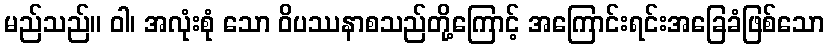
မည်သည်။ ဝါ၊ အလုံးစုံ သော ဝိပဿနာစသည်တို့ကြောင့် အကြောင်းရင်းအခြေခံဖြစ်သော